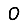
Digit: 0